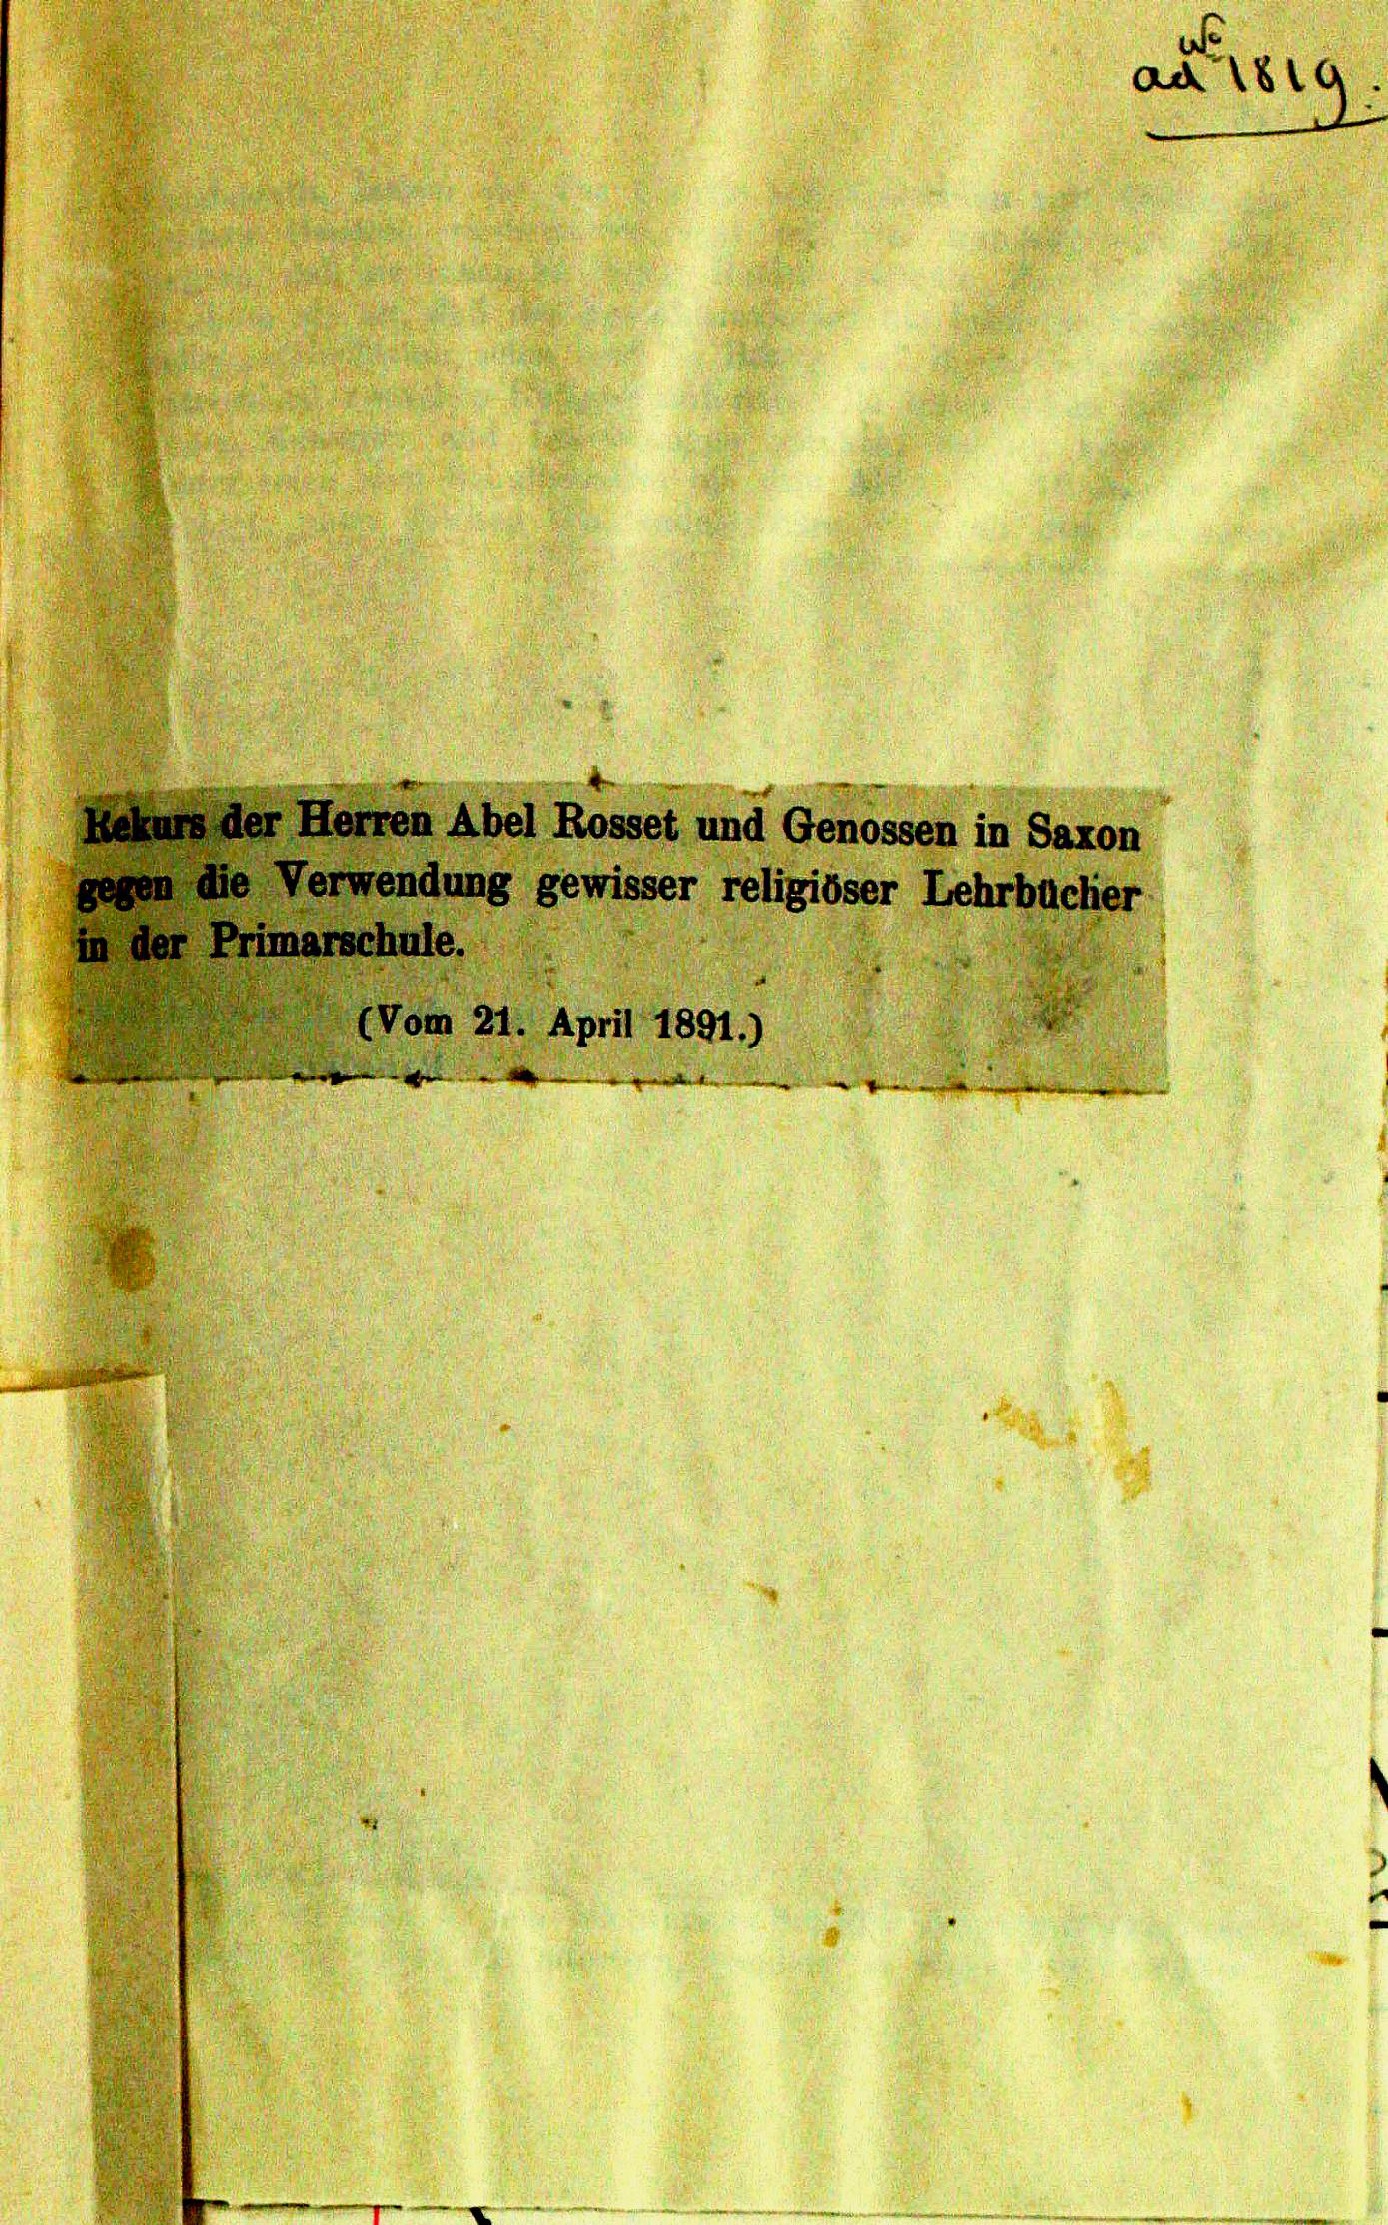
laus der Herren Abel Rosset und Genossen in Saxon
en die Verwendung gewisser religiöser Lehrbucher
in der Primarschule.
(Vom 21. April 1891.)

e
ad 1819